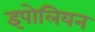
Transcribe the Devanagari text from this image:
इपोलियन